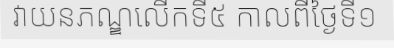
វាយនភណ្ឌលើកទី៥ កាលពីថ្ងៃទី១